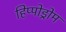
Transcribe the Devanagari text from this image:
हिप्पोड्रोम